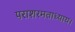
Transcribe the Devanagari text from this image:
पराशरमताध्याय।